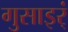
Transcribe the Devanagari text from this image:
गुसाइर्ं